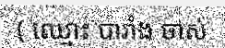
( ឈ្មោះ បារាំង ចាស់